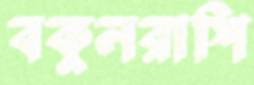
বকুলরাশি